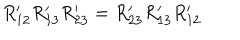
R _ { 1 2 } ^ { \prime } R _ { 1 3 } ^ { \prime } R _ { 2 3 } ^ { \prime } = R _ { 2 3 } ^ { \prime } R _ { 1 3 } ^ { \prime } R _ { 1 2 } ^ { \prime }